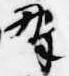
野